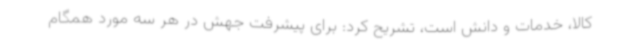
کالا، خدمات و دانش است، تشریح کرد: برای پیشرفت جهش در هر سه مورد همگام